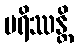
မရိဿန္တိ